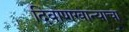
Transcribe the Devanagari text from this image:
दिवाणखान्याचा